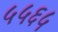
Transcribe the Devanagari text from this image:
५५६५